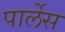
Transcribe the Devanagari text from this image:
पार्लेस